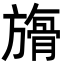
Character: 𣄘